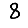
Digit: 8